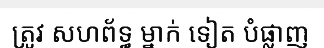
ត្រូវ សហព័ទ្ធ ម្នាក់ ទៀត បំផ្លាញ